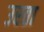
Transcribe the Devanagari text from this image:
उरता